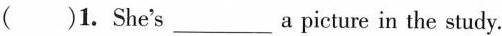
( )1. She's___a picture in the study.